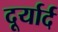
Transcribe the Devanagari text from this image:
दूर्यार्द